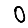
Digit: 0